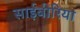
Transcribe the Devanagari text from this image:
साईबीरिया